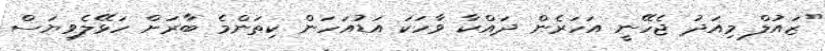
"ޒައުލް މިއަދު ޖެހޭނީ އަހަރެން ދައްކާ ވާހަކަ އަޑުއަހަން ކިތަންމެ ބާރަށް ހަޅޭލެވިޔަސް